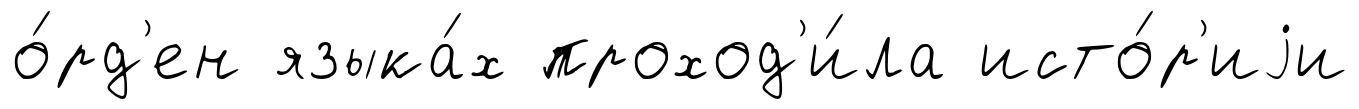
о́рд'ен языка́х проход'и́ла исто́р'иjи